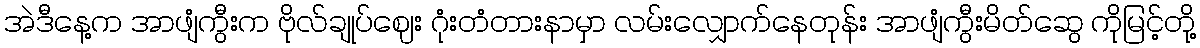
အဲဒီနေ့က အာဖျံကွီးက ဗိုလ်ချုပ်ဈေး ဂုံးတံတားနာမှာ လမ်းလျှောက်နေတုန်း အာဖျံကွီးမိတ်ဆွေ ကိုမြင့်တို့